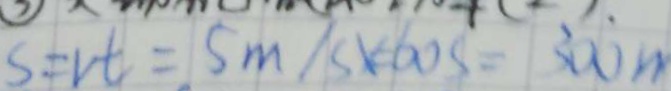
S = v t = S m / S X = 6 0 S = 3 0 0 m